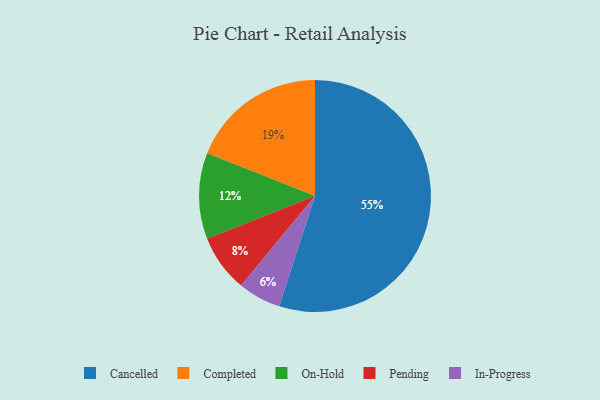
{"axis": {"x": "Category", "y": "Percentage"}, "legend": ["Cancelled", "Completed", "In-Progress", "On-Hold", "Pending"], "data": [{"x": "In-Progress", "y": 6, "type": "In-Progress"}, {"x": "Pending", "y": 8, "type": "Pending"}, {"x": "On-Hold", "y": 12, "type": "On-Hold"}, {"x": "Cancelled", "y": 55, "type": "Cancelled"}, {"x": "Completed", "y": 19, "type": "Completed"}]}